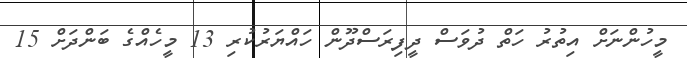
މީހުންނަށް އިތުރު ހަތް ދުވަސް ދީފިރަސްދޫން ހައްޔަރުކުރި 13 މީހެއްގެ ބަންދަށް 15